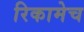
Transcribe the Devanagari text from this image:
रिकामेच